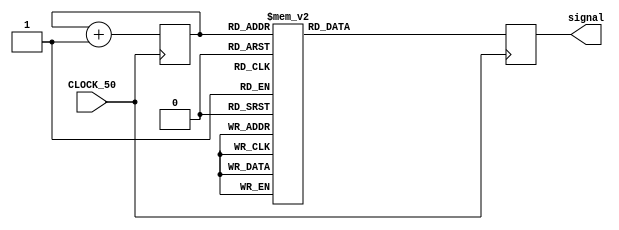
module  signal_generator(CLOCK_50,
				  signal);
					 

input CLOCK_50;
output [15:0] signal;


//Signal generator elements
reg [7:0] sinAddr = 0;
reg [15:0] sine;

//Variables to hold captured values
reg [15:0] signal; //vector with values of ROM

always@(posedge CLOCK_50)
begin
	signal <= sine;
	sinAddr <= sinAddr + 8'd1;
end

//Sin Wave ROM Table
always@(sinAddr)
	begin
		case(sinAddr)
			8'd0: sine = 16'd32768 ;
			8'd1: sine = 16'd33572 ;
			8'd2: sine = 16'd34376 ;
			8'd3: sine = 16'd35179 ;
			8'd4: sine = 16'd35980 ;
			8'd5: sine = 16'd36779 ;
			8'd6: sine = 16'd37576 ;
			8'd7: sine = 16'd38370 ;
			8'd8: sine = 16'd39161;
			8'd9: sine = 16'd39948 ;
			8'd10: sine = 16'd40730 ;
			8'd11: sine = 16'd41508 ;
			8'd12: sine = 16'd42280 ;
			8'd13: sine = 16'd43047 ;
			8'd14: sine = 16'd43807 ;
			8'd15: sine = 16'd44561 ;
			8'd16: sine = 16'd45308 ;
			8'd17: sine = 16'd46047 ;
			8'd18: sine = 16'd46778 ;
			8'd19: sine = 16'd47501;
			8'd20: sine = 16'd48215;
			8'd21: sine = 16'd48919 ;
			8'd22: sine = 16'd49614 ;
			8'd23: sine = 16'd50299 ;	
			8'd24: sine = 16'd50973 ;
			8'd25: sine = 16'd51636 ;
			8'd26: sine = 16'd52288 ;
			8'd27: sine = 16'd52928 ;
			8'd28: sine = 16'd53556 ;
			8'd29: sine = 16'd54171 ;
			8'd30: sine = 16'd54774 ;
			8'd31: sine = 16'd55363 ;			
			8'd32: sine = 16'd55938;
			8'd33: sine = 16'd56500 ;
			8'd34: sine = 16'd57047 ;
			8'd35: sine = 16'd57580 ;
			8'd36: sine = 16'd58098 ;
			8'd37: sine = 16'd58601 ;
			8'd38: sine = 16'd59088 ;
			8'd39: sine = 16'd59559 ;		
			8'd40: sine = 16'd60014;
			8'd41: sine = 16'd60452 ;
			8'd42: sine = 16'd60874 ;
			8'd43: sine = 16'd61279;
			8'd44: sine = 16'd61667;
			8'd45: sine = 16'd62037 ;
			8'd46: sine = 16'd62390 ;
			8'd47: sine = 16'd62725 ;	
			8'd48: sine = 16'd63042 ;
			8'd49: sine = 16'd63340 ;
			8'd50: sine = 16'd63621 ;
			8'd51: sine = 16'd63882 ;
			8'd52: sine = 16'd64125 ;
			8'd53: sine = 16'd64349 ;
			8'd54: sine = 16'd64554 ;
			8'd55: sine = 16'd64740 ;
			8'd56: sine = 16'd64906;
			8'd57: sine = 16'd65054 ;
			8'd58: sine = 16'd65181 ;
			8'd59: sine = 16'd65290 ;
			8'd60: sine = 16'd65378 ;
			8'd61: sine = 16'd65447 ;
			8'd62: sine = 16'd65497 ;
			8'd63: sine = 16'd65526 ;
			8'd64: sine = 16'd65535 ;
			8'd65: sine = 16'd65526 ;
			8'd66: sine = 16'd65497 ;
			8'd67: sine = 16'd65447;
			8'd68: sine = 16'd65378;
			8'd69: sine = 16'd65290 ;
			8'd70: sine = 16'd65181 ;
			8'd71: sine = 16'd65054 ;
			8'd72: sine = 16'd64906 ;
			8'd73: sine = 16'd64740 ;
			8'd74: sine = 16'd64554 ;
			8'd75: sine = 16'd64349 ;
			8'd76: sine = 16'd64125 ;
			8'd77: sine = 16'd63882 ;
			8'd78: sine = 16'd63621 ;
			8'd79: sine = 16'd63340 ;
			8'd80: sine = 16'd63042;
			8'd81: sine = 16'd62725;
			8'd82: sine = 16'd62390 ;
			8'd83: sine = 16'd62037 ;
			8'd84: sine = 16'd61667 ;
			8'd85: sine = 16'd61279 ;
			8'd86: sine = 16'd60874 ;
			8'd87: sine = 16'd60452 ;
			8'd88: sine = 16'd60014;
			8'd89: sine = 16'd59559 ;
			8'd90: sine = 16'd59088 ;		
			8'd91: sine = 16'd58601;
			8'd92: sine = 16'd58098;
			8'd93: sine = 16'd57580;
			8'd94: sine = 16'd57047 ;
			8'd95: sine = 16'd56500 ;
			8'd96: sine = 16'd55938 ;
			8'd97: sine = 16'd55363 ;
			8'd98: sine = 16'd54774 ;
			8'd99: sine = 16'd54171 ;
			8'd100: sine =16'd53556 ;
			8'd101: sine =16'd52928 ;
			8'd102: sine =16'd52288 ;
			8'd103: sine =16'd51636 ;
			8'd104: sine =16'd50973;
			8'd105: sine =16'd50299 ;
			8'd106: sine =16'd49614 ;
			8'd107: sine = 16'd48919 ;	
			8'd108: sine = 16'd48215 ;
			8'd109: sine = 16'd47501 ;
			8'd110: sine = 16'd46778 ;
			8'd111: sine = 16'd46047 ;
			8'd112: sine = 16'd45308 ;
			8'd113: sine = 16'd44561 ;
			8'd114: sine = 16'd43807 ;
			8'd115: sine = 16'd43047;
			8'd116: sine = 16'd42280;
			8'd117: sine = 16'd41508 ;
			8'd118: sine = 16'd40730 ;
			8'd119: sine = 16'd39948 ;
			8'd120: sine = 16'd39161 ;
			8'd121: sine = 16'd38370 ;
			8'd122: sine = 16'd37576 ;
			8'd123: sine = 16'd36779 ;
			8'd124: sine = 16'd35980 ;
			8'd125: sine = 16'd35179 ;
			8'd126: sine = 16'd34376 ;
			8'd127: sine = 16'd33572 ;
			8'd128: sine = 16'd32768;
			8'd129: sine = 16'd31964 ;
			8'd130: sine = 16'd31160 ;
			8'd131: sine = 16'd30357 ;
			8'd132: sine = 16'd29556 ;
			8'd133: sine = 16'd28757 ;
			8'd134: sine = 16'd27960 ;
			8'd135: sine = 16'd27166 ;
			8'd136: sine = 16'd26375;
			8'd137: sine = 16'd25588 ;
			8'd138: sine = 16'd24806 ;
			8'd139: sine = 16'd24028;
			8'd140: sine = 16'd23256;
			8'd141: sine = 16'd22489 ;
			8'd142: sine = 16'd21729 ;
			8'd143: sine = 16'd20975 ;
			8'd144: sine = 16'd20228 ;
			8'd145: sine = 16'd19489 ;
			8'd146: sine = 16'd18758 ;
			8'd147: sine = 16'd18035 ;
			8'd148: sine = 16'd17321 ;
			8'd149: sine = 16'd16617 ;
			8'd150: sine = 16'd15922 ;
			8'd151: sine = 16'd15237 ;	
			8'd152: sine = 16'd14563;
			8'd153: sine = 16'd13900 ;
			8'd154: sine = 16'd13248 ;
			8'd155: sine = 16'd12608 ;
			8'd156: sine = 16'd11980 ;
			8'd157: sine = 16'd11365 ;
			8'd158: sine = 16'd10762 ;
			8'd159: sine = 16'd10173 ;
			8'd160: sine = 16'd9598 ;
			8'd161: sine = 16'd9036 ;
			8'd162: sine = 16'd8489 ;
			8'd163: sine = 16'd7956;
			8'd164: sine = 16'd7438;
			8'd165: sine = 16'd6935 ;
			8'd166: sine = 16'd6448 ;
			8'd167: sine = 16'd5977 ;
			8'd168: sine = 16'd5522 ;
			8'd169: sine = 16'd5084 ;
			8'd170: sine = 16'd4662 ;
			8'd171: sine = 16'd4257 ;
			8'd172: sine = 16'd3869 ;
			8'd173: sine = 16'd3499 ;
			8'd174: sine = 16'd3146 ;
			8'd175: sine = 16'd2811 ;
			8'd176: sine = 16'd2494;
			8'd177: sine = 16'd2196;
			8'd178: sine = 16'd1915 ;
			8'd179: sine = 16'd1654 ;
			8'd180: sine = 16'd1411 ;
			8'd181: sine = 16'd1187 ;
			8'd182: sine = 16'd982 ;
			8'd183: sine = 16'd796 ;	
			8'd184: sine = 16'd630;
			8'd185: sine = 16'd482 ;
			8'd186: sine = 16'd355 ;		
			8'd187: sine = 16'd246;
			8'd188: sine = 16'd158;
			8'd189: sine = 16'd89;
			8'd190: sine = 16'd39 ;
			8'd191: sine = 16'd10 ;	
			8'd192: sine = 16'd0 ;
			8'd193: sine = 16'd10 ;
			8'd194: sine = 16'd39 ;
			8'd195: sine = 16'd89 ;
			8'd196: sine = 16'd158 ;
			8'd197: sine = 16'd246 ;
			8'd198: sine = 16'd355 ;
			8'd199: sine = 16'd482 ;
			8'd200: sine = 16'd630;
			8'd201: sine = 16'd796 ;
			8'd202: sine = 16'd982 ;
			8'd203: sine = 16'd1187 ;
			8'd204: sine = 16'd1411 ;
			8'd205: sine = 16'd1654 ;
			8'd206: sine = 16'd1915 ;
			8'd207: sine = 16'd2196 ;
			8'd208: sine = 16'd2494 ;
			8'd209: sine = 16'd2811 ;
			8'd210: sine = 16'd3146 ;
			8'd211: sine = 16'd3499;
			8'd212: sine = 16'd3869;
			8'd213: sine = 16'd4257 ;
			8'd214: sine = 16'd4662 ;
			8'd215: sine = 16'd5084 ;
			8'd216: sine = 16'd5522 ;
			8'd217: sine = 16'd5977 ;
			8'd218: sine = 16'd6448 ;
			8'd219: sine = 16'd6935;
			8'd220: sine = 16'd7438 ;
			8'd221: sine = 16'd7956 ;
			8'd222: sine = 16'd8489 ;
			8'd223: sine = 16'd9036 ;	
			8'd224: sine = 16'd9598;
			8'd225: sine = 16'd10173 ;
			8'd226: sine = 16'd10762;
			8'd227: sine = 16'd11365 ;
			8'd228: sine = 16'd11980 ;
			8'd229: sine = 16'd12608 ;
			8'd230: sine = 16'd13248 ;
			8'd231: sine = 16'd13900 ;
			8'd232: sine = 16'd14563;
			8'd233: sine = 16'd15237 ;
			8'd234: sine = 16'd15922 ;
			8'd235: sine = 16'd16617;
			8'd236: sine = 16'd17321;
			8'd237: sine = 16'd18035 ;
			8'd238: sine = 16'd18758 ;
			8'd239: sine = 16'd19489 ;	
			8'd240: sine = 16'd20228 ;
			8'd241: sine = 16'd20975 ;
			8'd242: sine = 16'd21729 ;
			8'd243: sine = 16'd22489 ;
			8'd244: sine = 16'd23256 ;
			8'd245: sine = 16'd24028 ;
			8'd246: sine = 16'd24806 ;
			8'd247: sine = 16'd25588 ;
			8'd248: sine = 16'd26375;
			8'd249: sine = 16'd27166 ;
			8'd250: sine = 16'd27960 ;
			8'd251: sine = 16'd28757 ;
			8'd252: sine = 16'd29556 ;
			8'd253: sine = 16'd30357 ;
			8'd254: sine = 16'd31160 ;
			8'd255: sine = 16'd31964 ;
			default: sine = 16'd0;
		endcase
		
	end	
	
endmodule